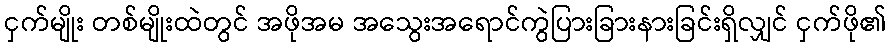
ငှက်မျိုး တစ်မျိုးထဲတွင် အဖိုအမ အသွေးအရောင်ကွဲပြားခြားနားခြင်းရှိလျှင် ငှက်ဖို၏